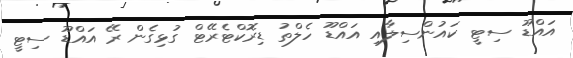
އައްޑޫ ސިޓީ ކައުންސިލާއި އައްޑޫ ހެލްތު ޑިރޮކްޓެރޭޓް ގުޅިގެން ރޭ އައްޑޫ ސިޓީ